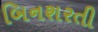
બિનશરતી